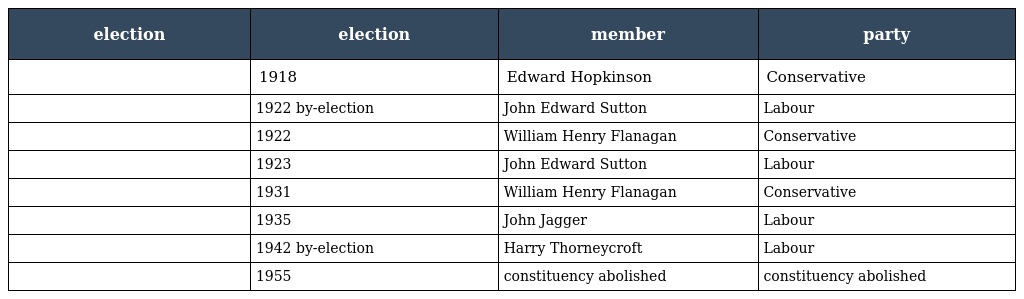
| election | election | member | party |
 | --- | --- | --- | --- |
 |  | 1918 | Edward Hopkinson | Conservative |
 |  | 1922 by-election | John Edward Sutton | Labour |
 |  | 1922 | William Henry Flanagan | Conservative |
 |  | 1923 | John Edward Sutton | Labour |
 |  | 1931 | William Henry Flanagan | Conservative |
 |  | 1935 | John Jagger | Labour |
 |  | 1942 by-election | Harry Thorneycroft | Labour |
 |  | 1955 | constituency abolished | constituency abolished |